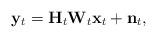
LaTeX: \begin{align*}\mathbf{y}_t = \mathbf{H}_t\mathbf{W}_t\mathbf{x}_t + \mathbf{n}_t,\end{align*}